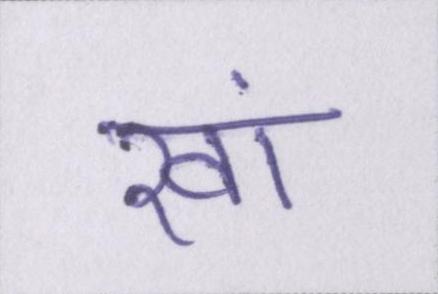
खां